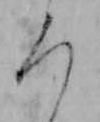
ろ